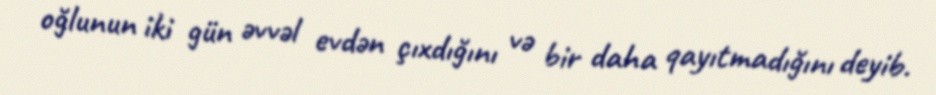
oğlunun iki gün əvvəl evdən çıxdığını və bir daha qayıtmadığını deyib.